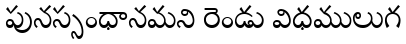
పునస్సంధానమని రెండు విధములుగ